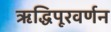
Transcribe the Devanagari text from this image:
ऋद्धिपूरवर्णन